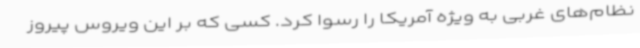
نظام‌های غربی به ویژه آمریکا را رسوا کرد. کسی که بر این ویروس پیروز